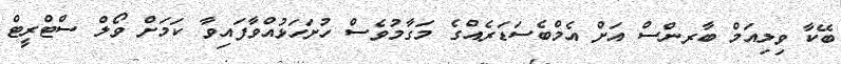
ބޭކާ ވިލިއަމް ބާރންސް އަށް އެމްބެސަޑަރެއްގެ މަގާމުވެސް ހުށަހަޅުއްވާފައިވާ ކަމަށް ވޯލް ސްޓްރީޓް